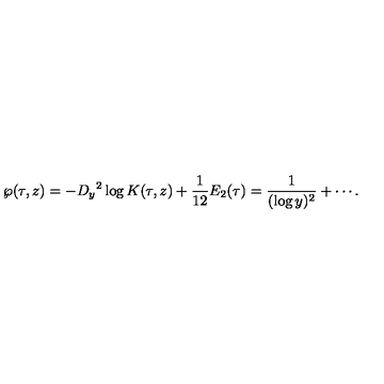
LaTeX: \wp ( \tau , z ) = - { D _ { y } } ^ { 2 } \log K ( \tau , z ) + \frac { 1 } { 1 2 } E _ { 2 } ( \tau ) = \frac { 1 } { ( \log y ) ^ { 2 } } + \cdots .